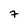
Character: 7